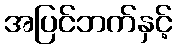
အပြင်ဘက်နှင့်